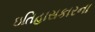
ઇતિહાસકારના